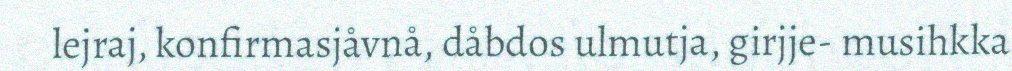
lejraj, konfirmasjåvnå, dåbdos ulmutja, girjje- musihkka